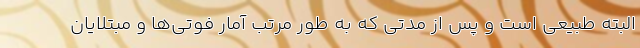
البته طبیعی است و پس از مدتی که به‌ طور مرتب آمار فوتی‌ها و مبتلایان